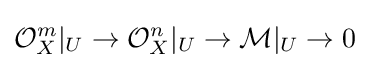
{\mathcal {O}}_{X}^{m}|_{U}\to {\mathcal {O}}_{X}^{n}|_{U}\to {\mathcal {M}}|_{U}\to 0